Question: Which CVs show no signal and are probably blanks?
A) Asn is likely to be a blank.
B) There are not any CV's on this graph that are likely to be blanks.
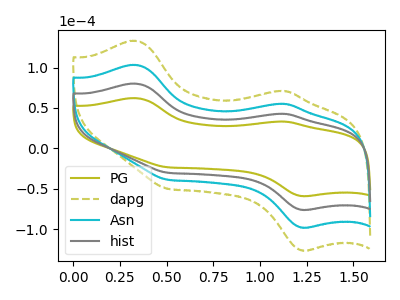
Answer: <think>The olive curve "PG" has anodic peaks at (0.35V, 62.25uA) (1.15V, 33.25uA) and cathodic peaks at (1.25V, -59.00uA) (0.50V, -23.35uA). The olive dashed curve "dapg" has anodic peaks at (0.35V, 240.60uA) (1.15V, 128.60uA) and cathodic peaks at (1.25V, -228.00uA) (0.50V, -90.35uA). The cyan curve "Asn" has anodic peaks at (0.35V, 160.40uA) (1.15V, 85.75uA) and cathodic peaks at (1.25V, -152.00uA) (0.50V, -60.25uA). The gray curve "hist" has anodic peaks at (0.35V, 80.20uA) (1.15V, 42.85uA) and cathodic peaks at (1.25V, -76.00uA) (0.50V, -30.10uA).</think>
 <answer>B) There are not any CV's on this graph that are likely to be blanks.</answer>
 <eval>B</eval>